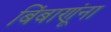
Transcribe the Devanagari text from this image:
बिंबाणूंना